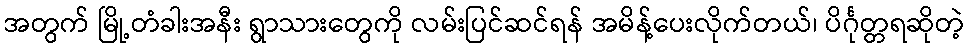
အတွက် မြို့တံခါးအနီး ရွာသားတွေကို လမ်းပြင်ဆင်ရန် အမိန့်ပေးလိုက်တယ်၊ ပိင်္ဂုတ္တရဆိုတဲ့